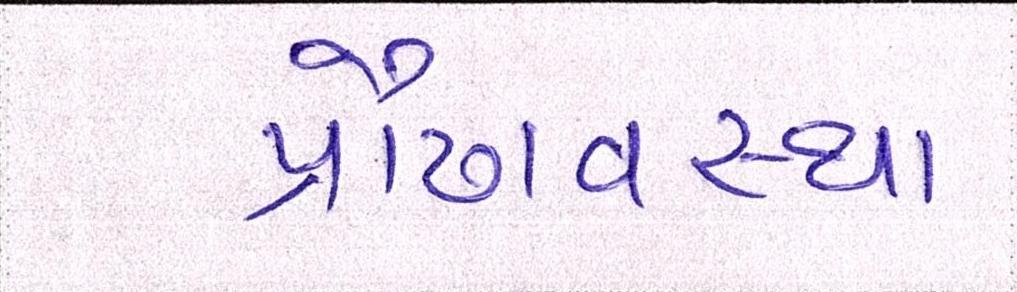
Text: પ્રૌઢાવસ્થા